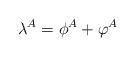
LaTeX: \begin{align*}\lambda ^{A}=\phi ^{A}+\varphi ^{A} \end{align*}